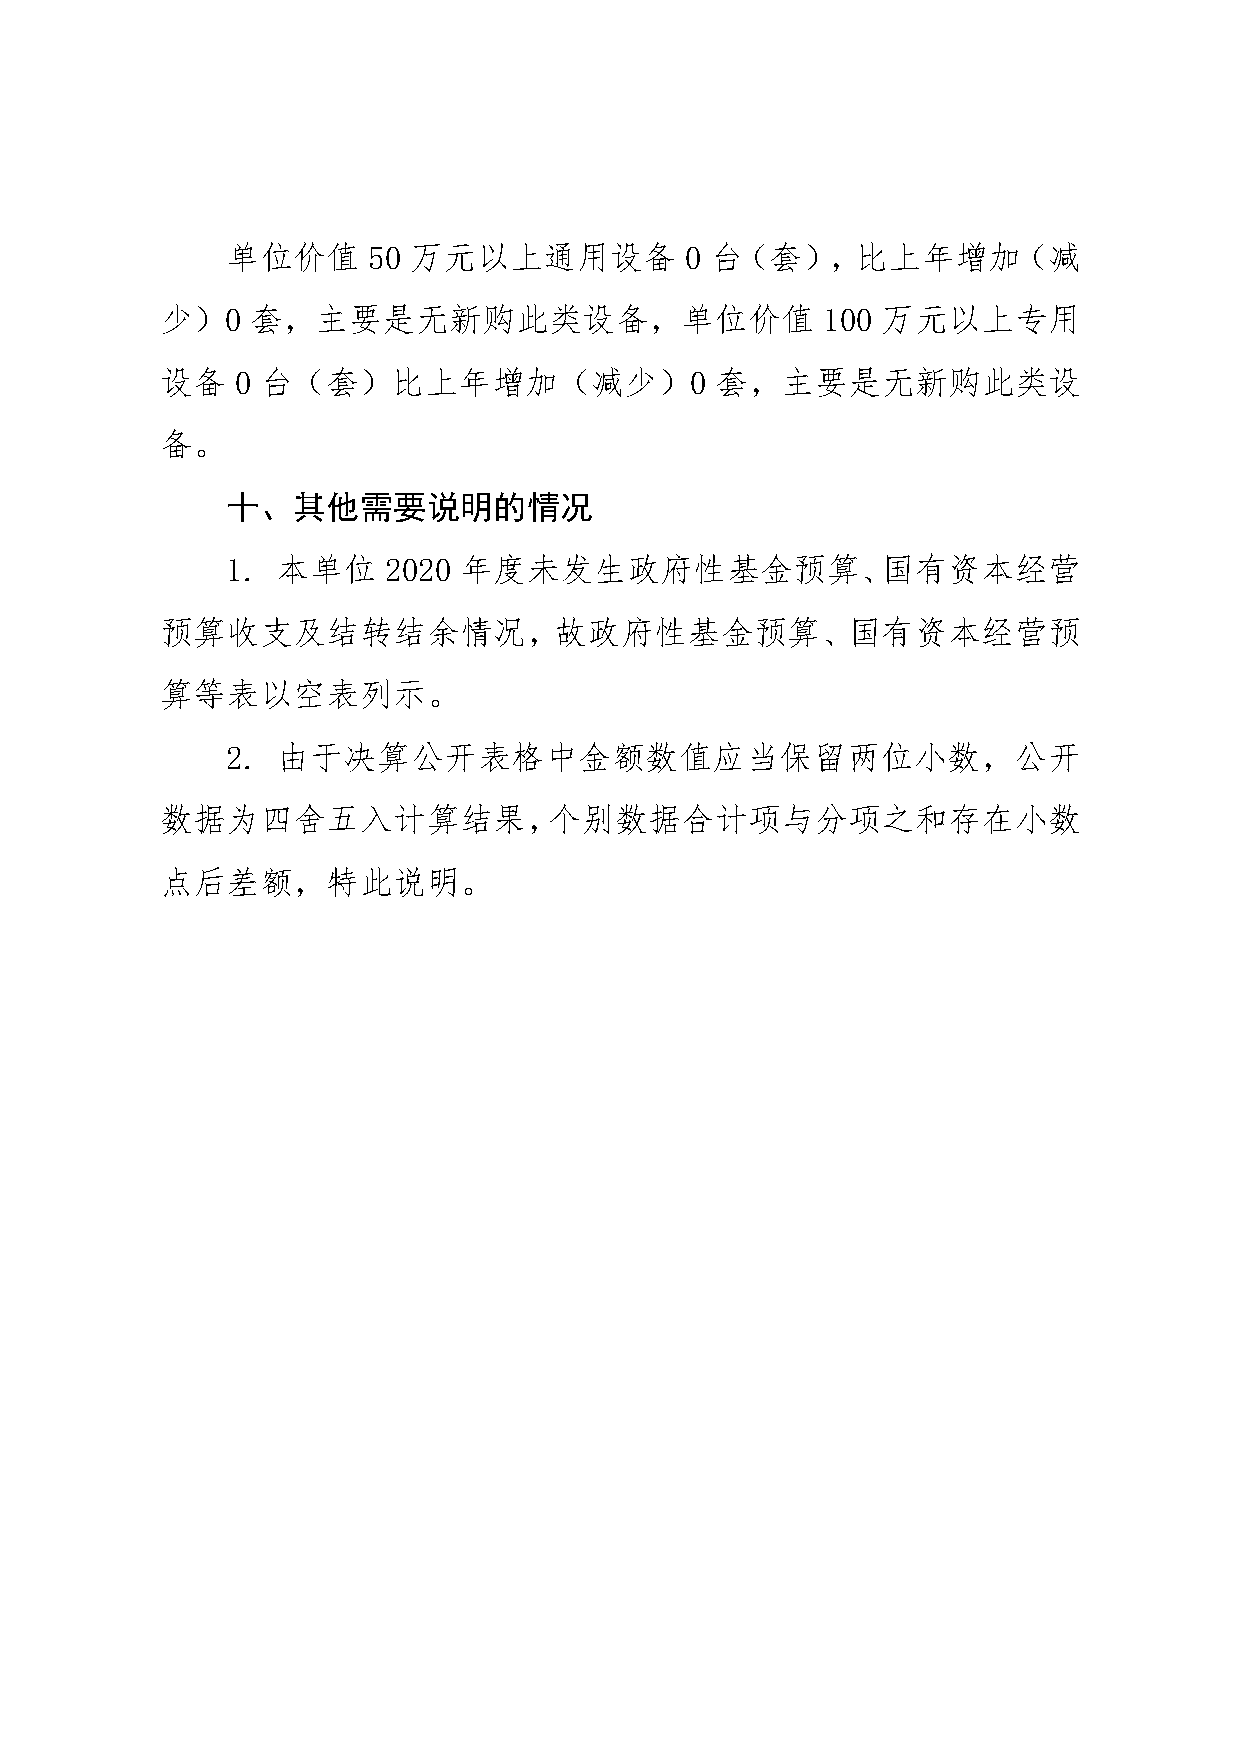
单位价值     50 万元以上通用设备          0 台（套），比上年增加（减
 少）0   套，主要是无新购此类设备，单位价值                    100 万元以上专用
 设备   0 台（套）比上年增加（减少）0               套，主要是无新购此类设
 备。
 十、其他需要说明的情况
 1. 本单位    2020 年度未发生政府性基金预算、国有资本经营
 预算收支及结转结余情况，故政府性基金预算、国有资本经营预
 算等表以空表列示。
 2. 由于决算公开表格中金额数值应当保留两位小数，公开
 数据为四舍五入计算结果，个别数据合计项与分项之和存在小数
 点后差额，特此说明。